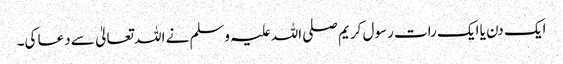
ایک دن یا ایک رات رسول کریم صلی اللہ علیہ وسلم نے اللہ تعالیٰ سے دعا کی۔